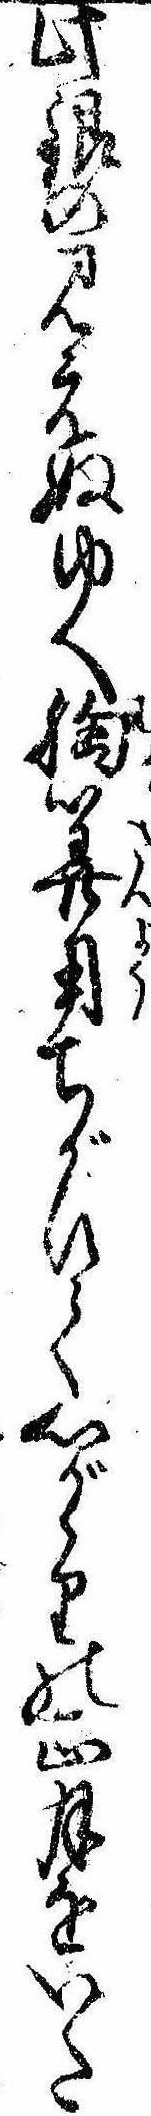
此銀の見えぬゆへ胸算用ちがひて心がゝりの正月をいた